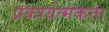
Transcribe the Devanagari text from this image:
प्रकार्यत्मकता